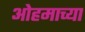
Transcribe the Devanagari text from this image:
ओहमाच्या